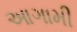
આગામી